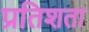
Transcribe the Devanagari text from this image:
प्रतिशता